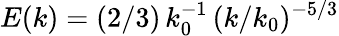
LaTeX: E(k)=(2/3)\, k_{0}^{-1}\, (k/k_{0})^{-5/3}